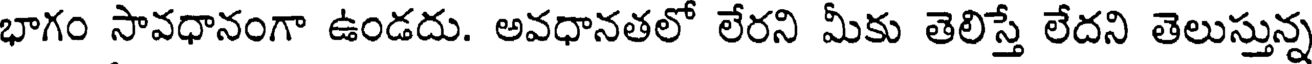
భాగం సావధానంగా ఉండదు. అవధానతలో లేరని మీకు తెలిస్తే లేదని తెలుస్తున్న